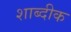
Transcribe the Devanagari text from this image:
शाब्दीक